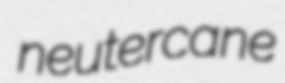
neutercane